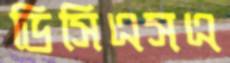
ডিসিএসএ